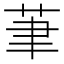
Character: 茟